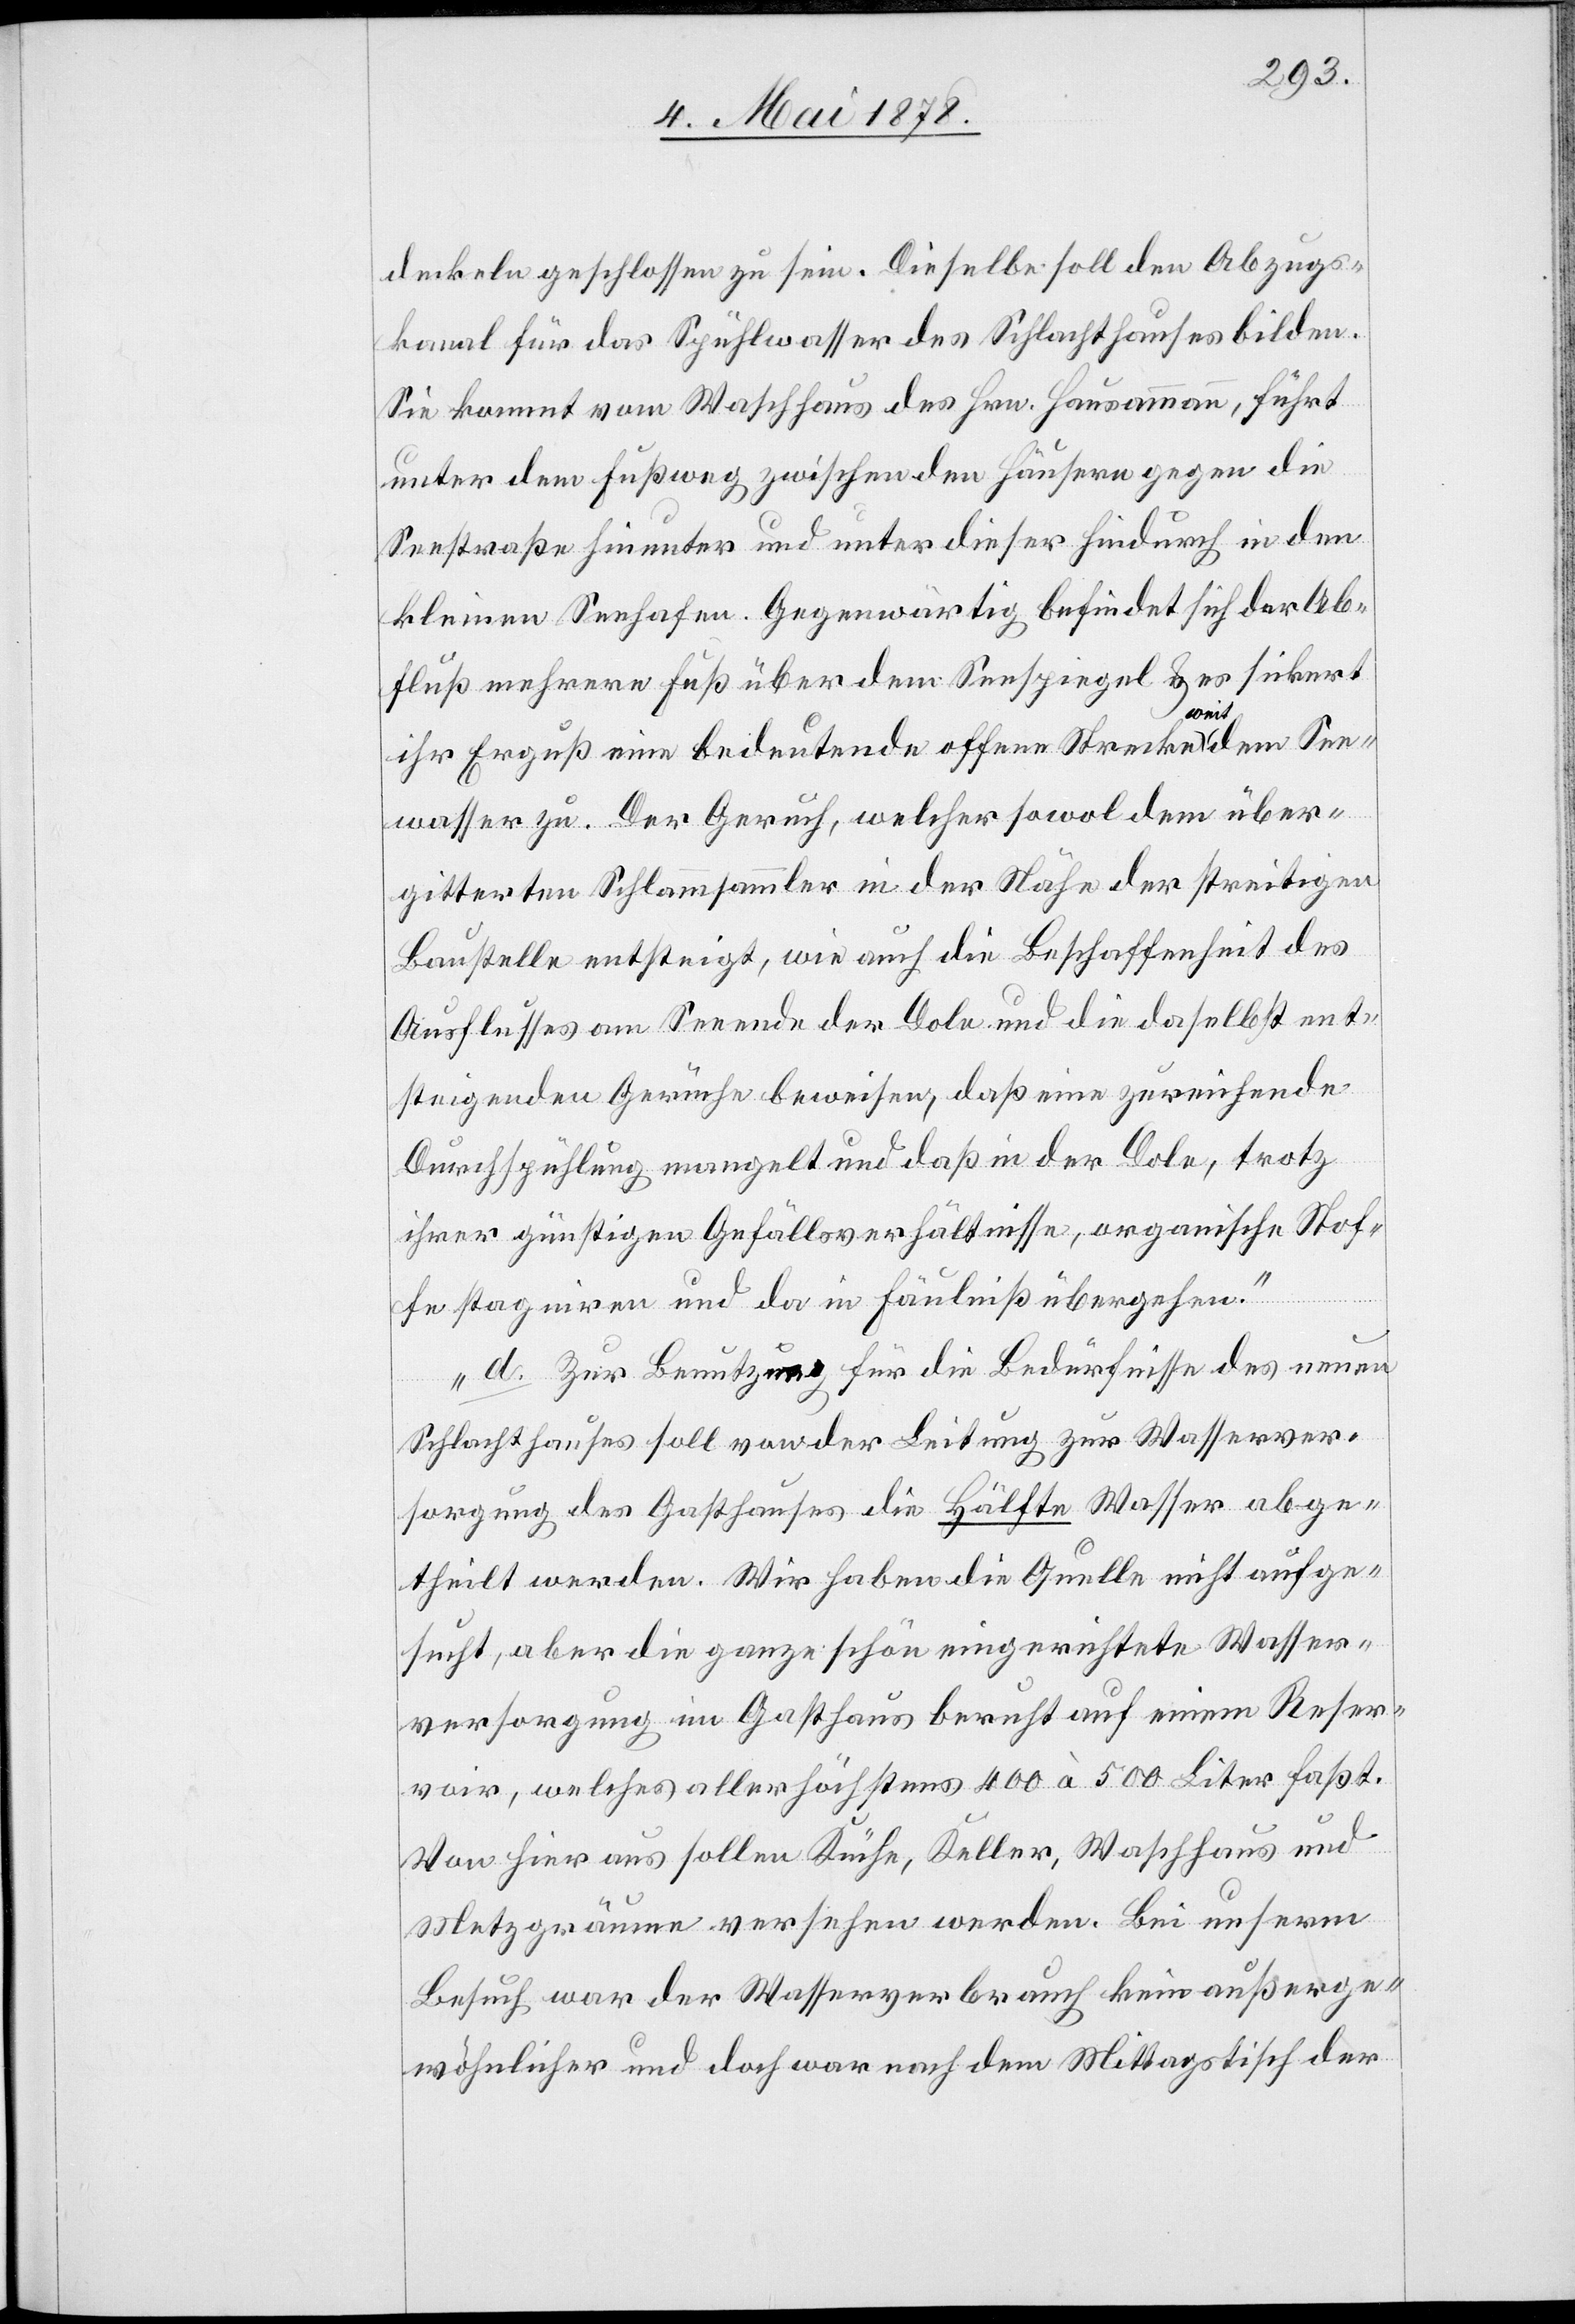
deckeln geschlossen zu sein. Dieselbe soll den Abzugs¬
kanal für das Spülwasser des Schlachthauses bilden.
Sie kommt vom Waschhaus des Hrn. Hausammann, führt
unter dem Fußweg zwischen den Häusern gegen die
Seestraße hinunter und unter dieser hindurch in den
kleinen Seehafen. Gegenwärtig befindet sich der Ab¬
fluß mehrere Fuß über dem Seespiegel & es sickert
ihr Erguß eine bedeutende offene Strecke weit dem See¬
wasser zu. Der Geruch, welcher sowol dem über¬
gitterten Schlammsammler in der Nähe der streitigen
Baustelle entsteigt, wie auch die Beschaffenheit des
Ausflusses am Seeende der Dole und die daselbst ent¬
steigenden Gerüche beweisen, daß eine zureichende
Durchspühlung mangelt und daß in der Dole, trotz
ihrer günstigen Gefällsverhältnisse, organische Stof¬
fe stagniren und da in Fäulniß übergehen.“
„d. Zur Benutzung für die Bedürfnisse des neuen
Schlachthauses soll von der Leitung zur Wasserver¬
sorgung des Gasthauses die Hälfte Wasser abge¬
theilt werden. Wir haben die Quelle nicht aufge¬
sucht, aber die ganze schön eingerichtete Wasser¬
versorgung im Gasthaus beruht auf einem Reser¬
voir, welches allerhöchstens 400 à 500 Liter faßt.
Von hier aus sollen Küche, Keller, Waschhaus und
Metzgräume versehen werden. Bei unserm
Besuch war der Wasserverbrauch kein außerge¬
wöhnlicher und doch war nach dem Mittagstisch der